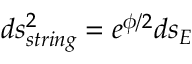
d s _ { s t r i n g } ^ { 2 } = e ^ { \phi / 2 } d s _ { E }